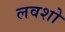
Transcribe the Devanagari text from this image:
लवशो